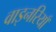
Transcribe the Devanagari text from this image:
वाइनरियाँ